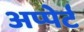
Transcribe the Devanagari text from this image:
अप्पेर्ट